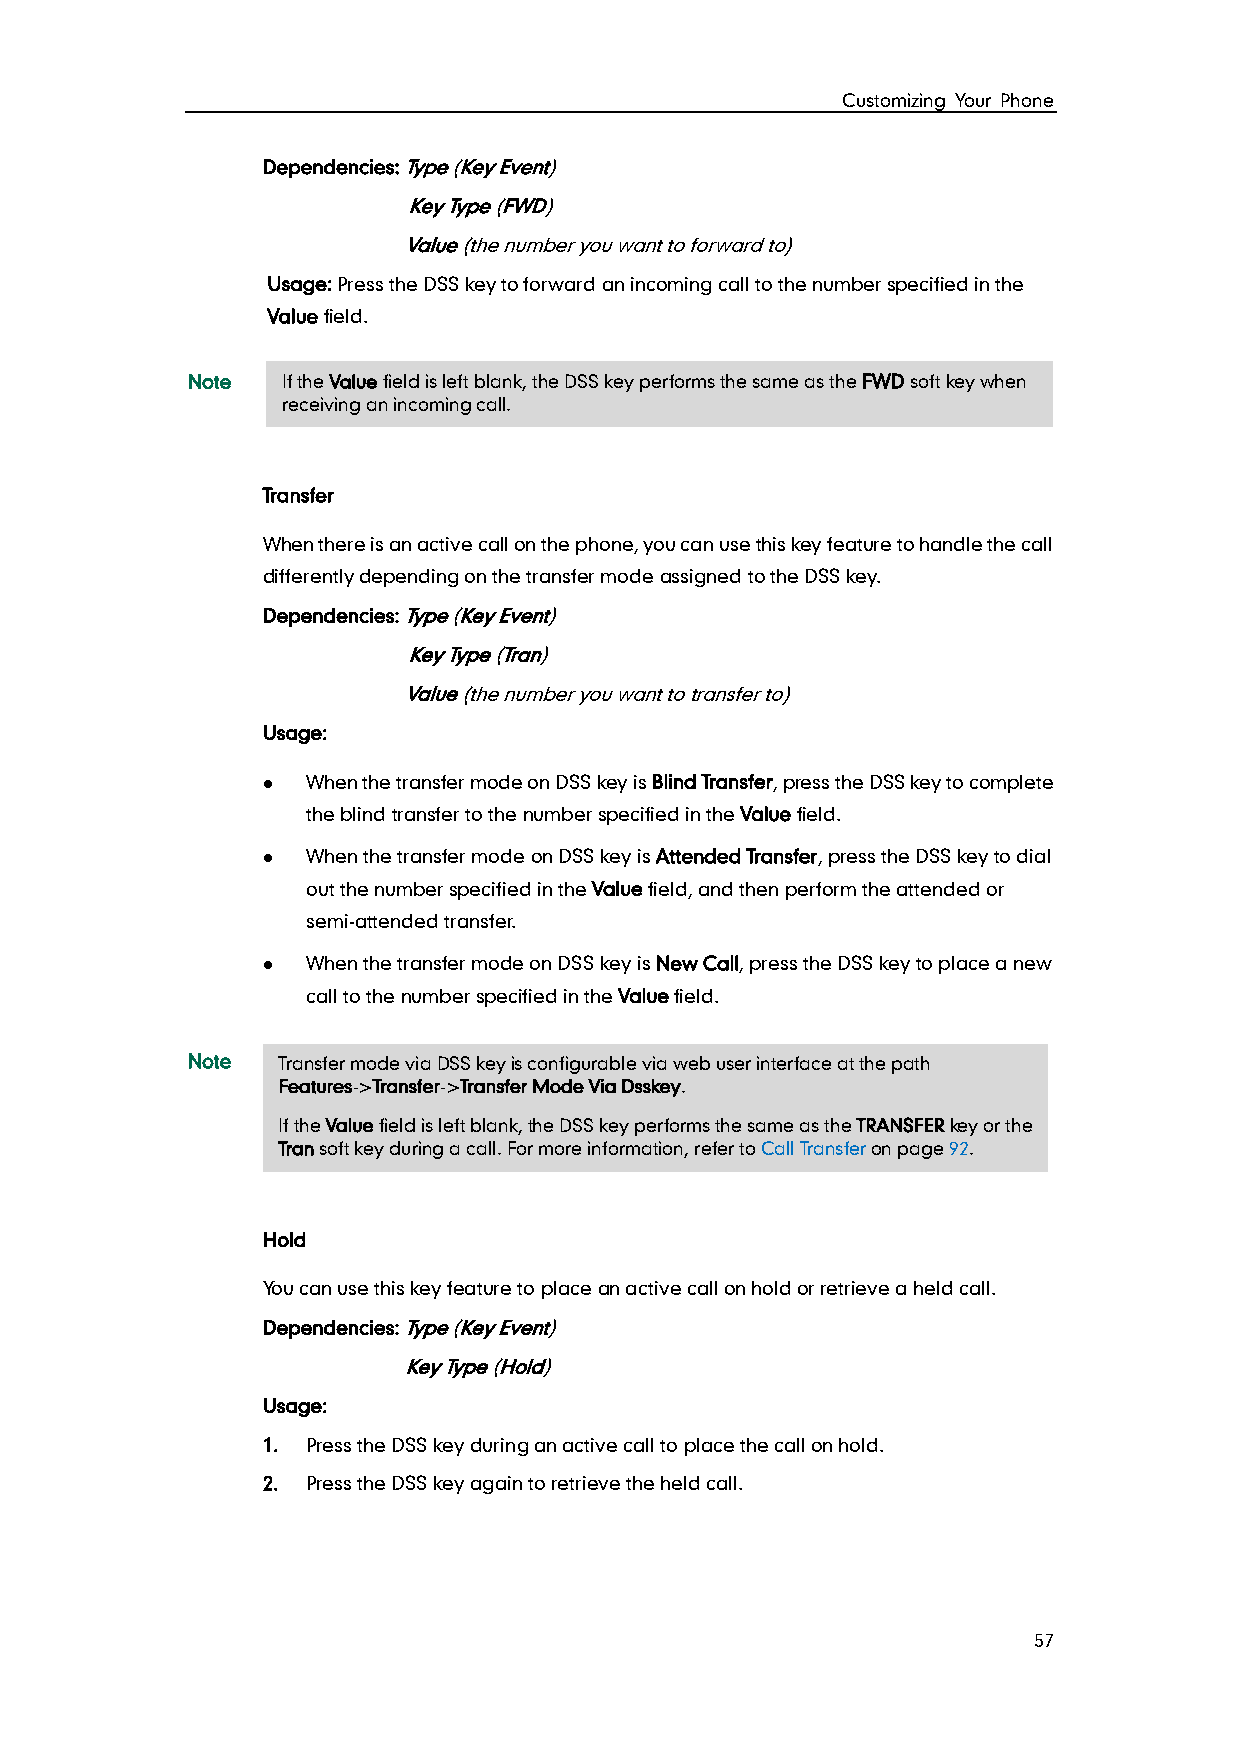
Customizing Your Phone
 Dependencies: Type (Key Event)
 Key Type (FWD)
 Value (the number you want to forward to)
 Usage: Press the DSS key to forward an incoming call to the number specified in the
 Value field.
 Note   If the Value field is left blank, the DSS key performs the same as the FWD soft key when
 receiving an incoming call.
 Transfer
 When there is an active call on the phone, you can use this key feature to handle the call
 differently depending on the transfer mode assigned to the DSS key.
 Dependencies: Type (Key Event)
 Key Type (Tran)
 Value (the number you want to transfer to)
 Usage:
   When the transfer mode on DSS key is Blind Transfer, press the DSS key to complete
 the blind transfer to the number specified in the Value field.
   When the transfer mode on DSS key is Attended Transfer, press the DSS key to dial
 out the number specified in the Value field, and then perform the attended or
 semi-attended transfer.
   When the transfer mode on DSS key is New Call, press the DSS key to place a new
 call to the number specified in the Value field.
 Note  Transfer mode via DSS key is configurab le via web user interface at the path
 Features->Transfer->Transfer Mode Via Dsskey.
 If the Value field is left blank, the DSS key performs the same as the TRANSFER key or the
 Tran soft key during a call. For more information, refer to Call Transfer on page 92.
 Hold
 You can use this key feature to place an active call on hold or retrieve a held call.
 Dependencies: Type (Key Event)
 Key Type (Hold)
 Usage:
 1. Press the DSS key during an active call to place the call on hold.
 2. Press the DSS key again to retrieve the held call.
 57